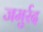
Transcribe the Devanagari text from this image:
जमुर्रद